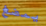
يمضغ